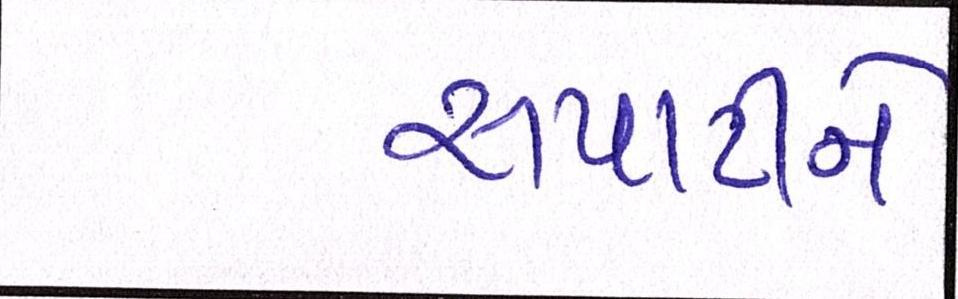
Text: સપાટીને